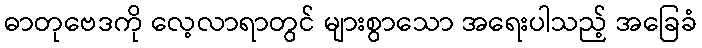
ဓာတုဗေဒကို လေ့လာရာတွင် များစွာသော အရေးပါသည့် အခြေခံ